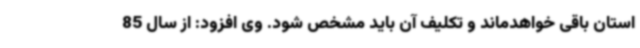
استان باقی خواهدماند و تکلیف آن باید مشخص شود. وی افزود: از سال 85